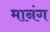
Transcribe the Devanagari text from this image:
मानंग